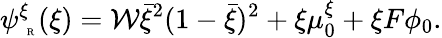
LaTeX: \psi_{\mathrm{~\tiny~R~}}^{\xi}(\xi)=\mathcal{W}\bar{\xi}^{2}(1-\bar{\xi})^{2}+\xi\mu_{0}^{\xi}+\xi F\phi_{0}.